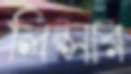
লিপ্সার